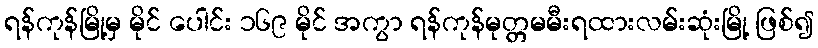
ရန်ကုန်မြို့မှ မိုင် ပေါင်း ၁၆၉ မိုင် အကွာ ရန်ကုန်မုတ္တမမီးရထားလမ်းဆုံးမြို့ ဖြစ်၍